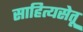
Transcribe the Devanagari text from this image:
साहित्यसेतू